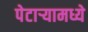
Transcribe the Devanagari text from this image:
पेटाऱ्यामध्ये